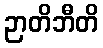
ဉာတိဘီတိ